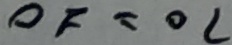
O F = O C